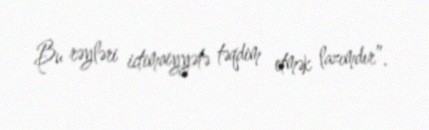
Bu rəyləri ictimaiyyətə təqdim etmək lazımdır”.